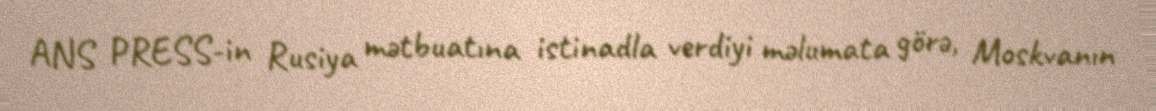
ANS PRESS-in Rusiya mətbuatına istinadla verdiyi məlumata görə, Moskvanın